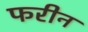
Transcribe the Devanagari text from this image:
फरीन